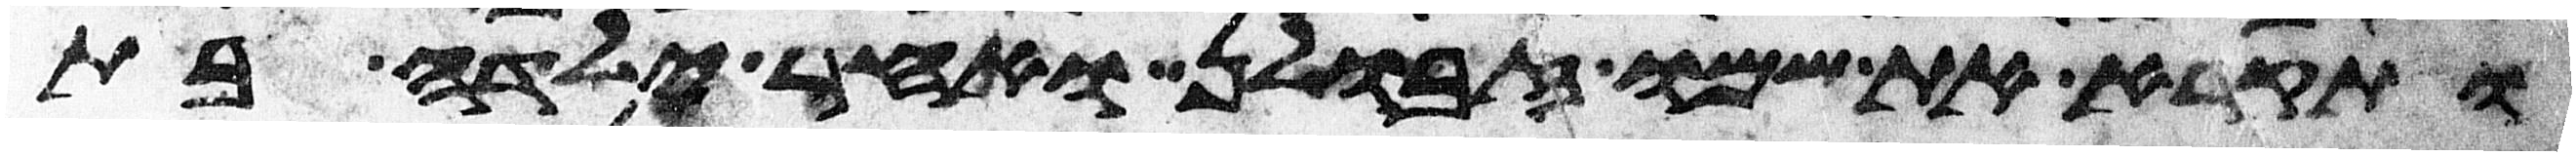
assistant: ותקרא את שמו זבולן ואחר ילדה בת